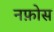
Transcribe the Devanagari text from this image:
नफ़ोस